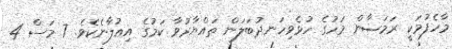
މާހެފުމަކީ ރަމަޟާން މަހުގެ ހުޅެވިހަނދުބަލަން ތައްޔާރުވާ ކަމުގެ އިޢުލާނެކެވެ. 7 މަސް 4